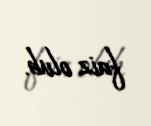
faiz olub.